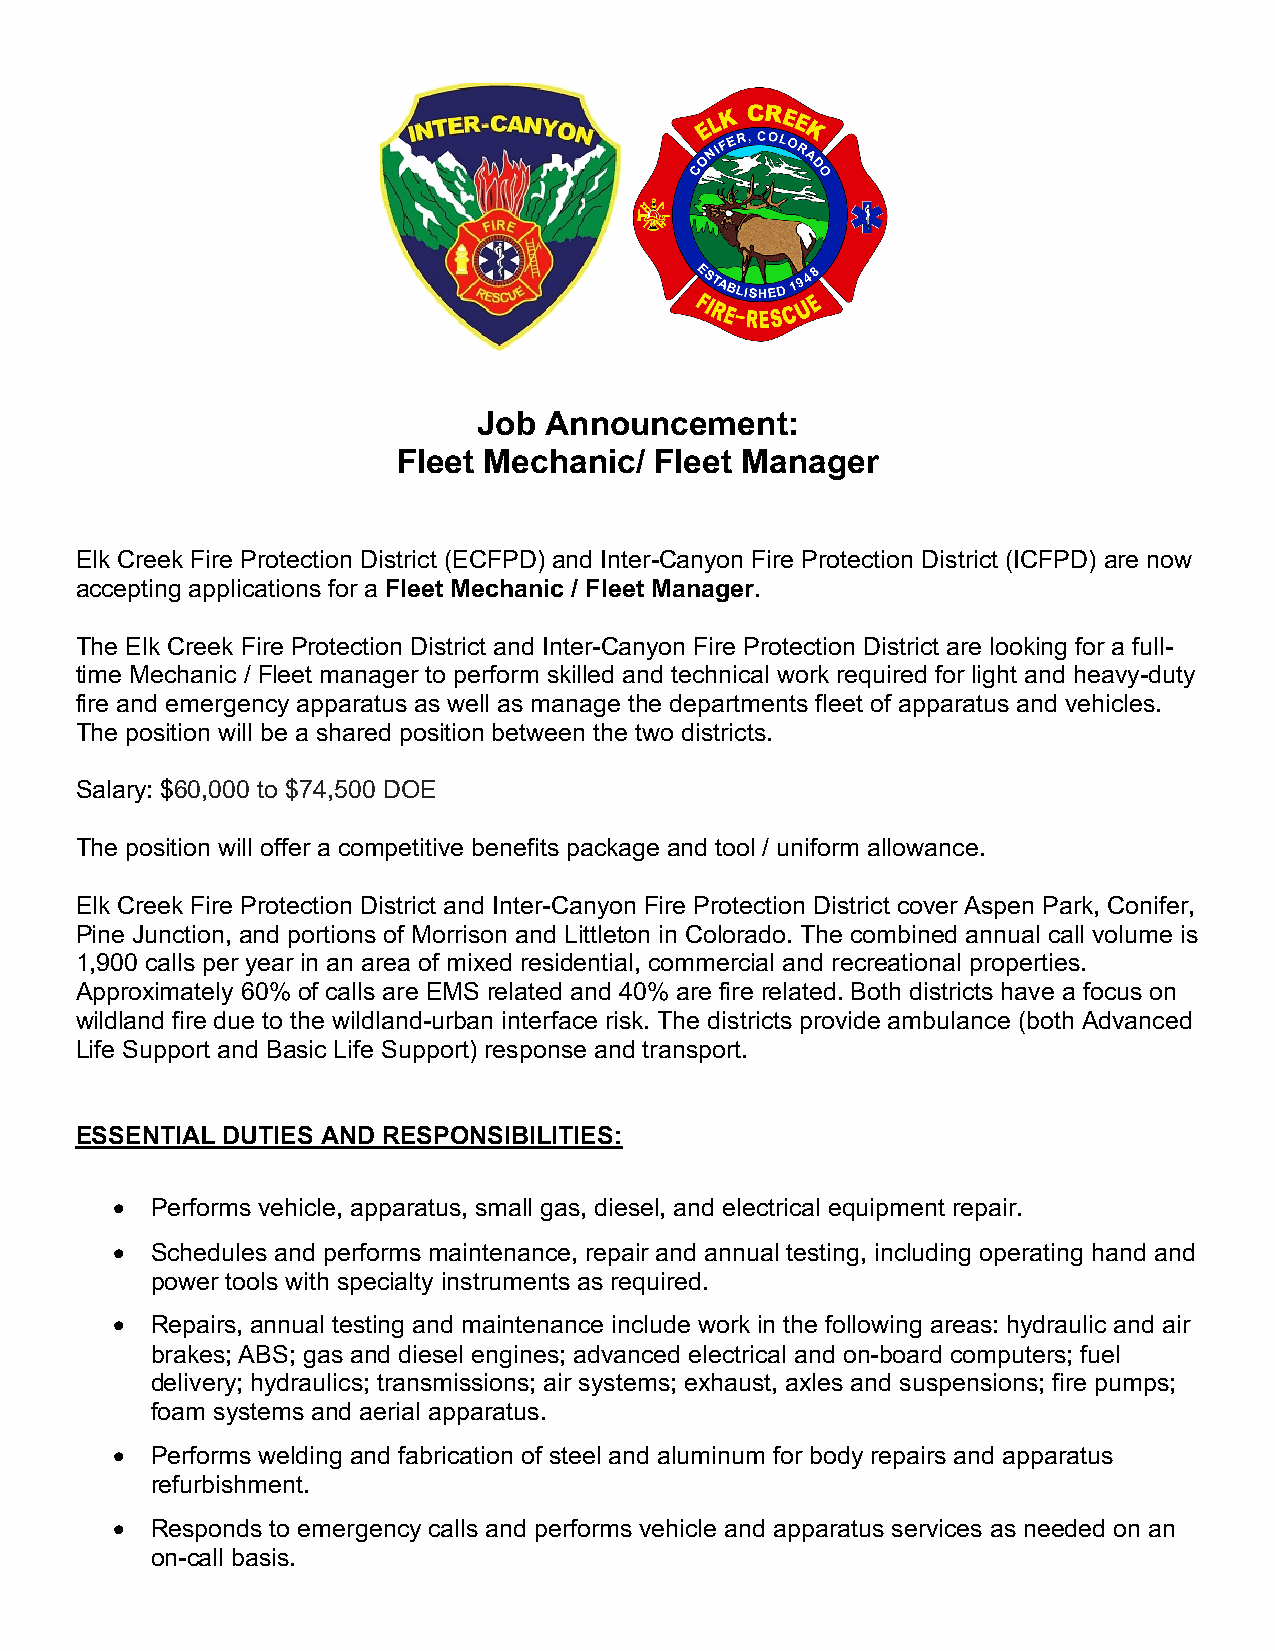
Job Announcement:
 Fleet Mechanic/  Fleet Manager
 Elk Creek Fire Protection District (ECFPD) and Inter-Canyon Fire Protection District (ICFPD) are now
 accepting applications for a Fleet Mechanic / Fleet Manager.
 The Elk Creek Fire Protection District and Inter-Canyon Fire Protection District are looking for a full-
 time Mechanic / Fleet manager to perform skilled and technical work required for light and heavy-duty
 fire and emergency apparatus as well as manage the departments fleet of apparatus and vehicles.
 The position will be a shared position between the two districts.
 Salary: $60,000 to $74,500 DOE
 The position will offer a competitive benefits package and tool / uniform allowance.
 Elk Creek Fire Protection District and Inter-Canyon Fire Protection District cover Aspen Park, Conifer,
 Pine Junction, and portions of Morrison and Littleton in Colorado. The combined annual call volume is
 1,900 calls per year in an area of mixed residential, commercial and recreational properties.
 Approximately 60% of calls are EMS related and 40% are fire related. Both districts have a focus on
 wildland fire due to the wildland-urban interface risk. The districts provide ambulance (both Advanced
 Life Support and Basic Life Support) response and transport.
 ESSENTIAL DUTIES AND RESPONSIBILITIES:
 •  Performs vehicle, apparatus, small gas, diesel, and electrical equipment repair.
 •  Schedules and performs maintenance, repair and annual testing, including operating hand and
 power tools with specialty instruments as required.
 •  Repairs, annual testing and maintenance include work in the following areas: hydraulic and air
 brakes; ABS; gas and diesel engines; advanced electrical and on-board computers; fuel
 delivery; hydraulics; transmissions; air systems; exhaust, axles and suspensions; fire pumps;
 foam systems and aerial apparatus.
 •  Performs welding and fabrication of steel and aluminum for body repairs and apparatus
 refurbishment.
 •  Responds to emergency calls and performs vehicle and apparatus services as needed on an
 on-call basis.